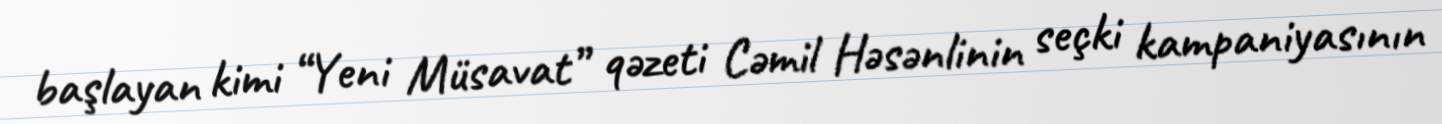
başlayan kimi “Yeni Müsavat” qəzeti Cəmil Həsənlinin seçki kampaniyasının